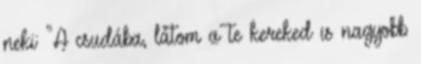
neki: "A csudába, látom a te kereked is nagyobb